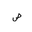
Letter: _sad